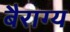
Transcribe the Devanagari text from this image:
बैराग्य